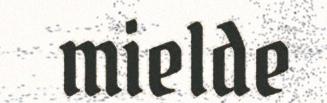
mielde